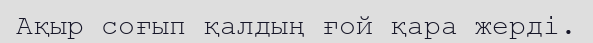
Ақыр соғып қалдың ғой қара жерді.